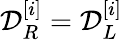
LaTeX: \mathcal{D}_{R}^{[i]}=\mathcal{D}_{L}^{[i]}